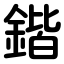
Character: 鍇